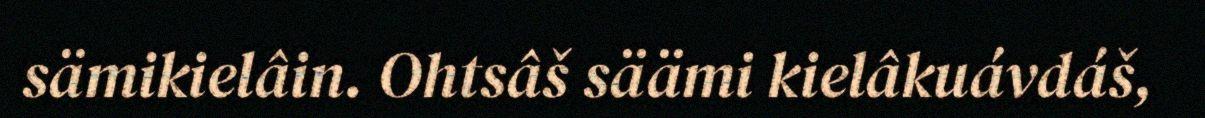
sämikielâin. Ohtsâš säämi kielâkuávdáš,